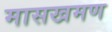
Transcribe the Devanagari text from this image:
मासखमण